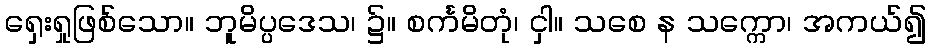
ရှေးရှုဖြစ်သော။ ဘူမိပ္ပဒေသ၊ ၌။ စင်္ကမိတုံ၊ ငှါ။ သစေ န သက္ကော၊ အကယ်၍